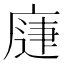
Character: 𭙨